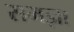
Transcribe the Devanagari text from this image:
समज्ञा